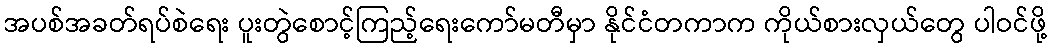
အပစ်အခတ်ရပ်စဲရေး ပူးတွဲစောင့်ကြည့်ရေးကော်မတီမှာ နိုင်ငံတကာက ကိုယ်စားလှယ်တွေ ပါဝင်ဖို့